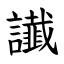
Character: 䜟